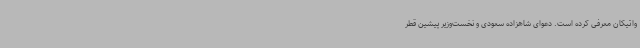
واتیکان معرفی کرده است. دعوای شاهزاده سعودی و نخست‌وزیر پیشین قطر